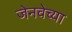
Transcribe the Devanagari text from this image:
जेनवेच्या